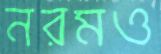
নরমও